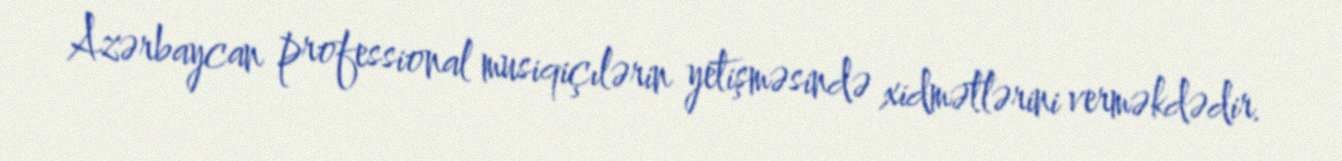
Azərbaycan professional musiqiçılərin yetişməsində xidmətlərini verməkdədir.